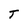
Character: T